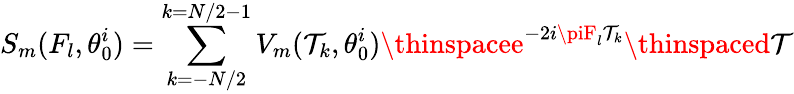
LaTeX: S_{m}(F_{l},\theta_{0}^{i})=\sum_{k=-N/2}^{k=N/2-1}V_{m}(\mathcal{T}_{k},\theta_{0}^{i})\thinspacee^{-2i\piF_{l}\mathcal{T}_{k}}\thinspaced\mathcal{T}